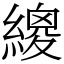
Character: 繌